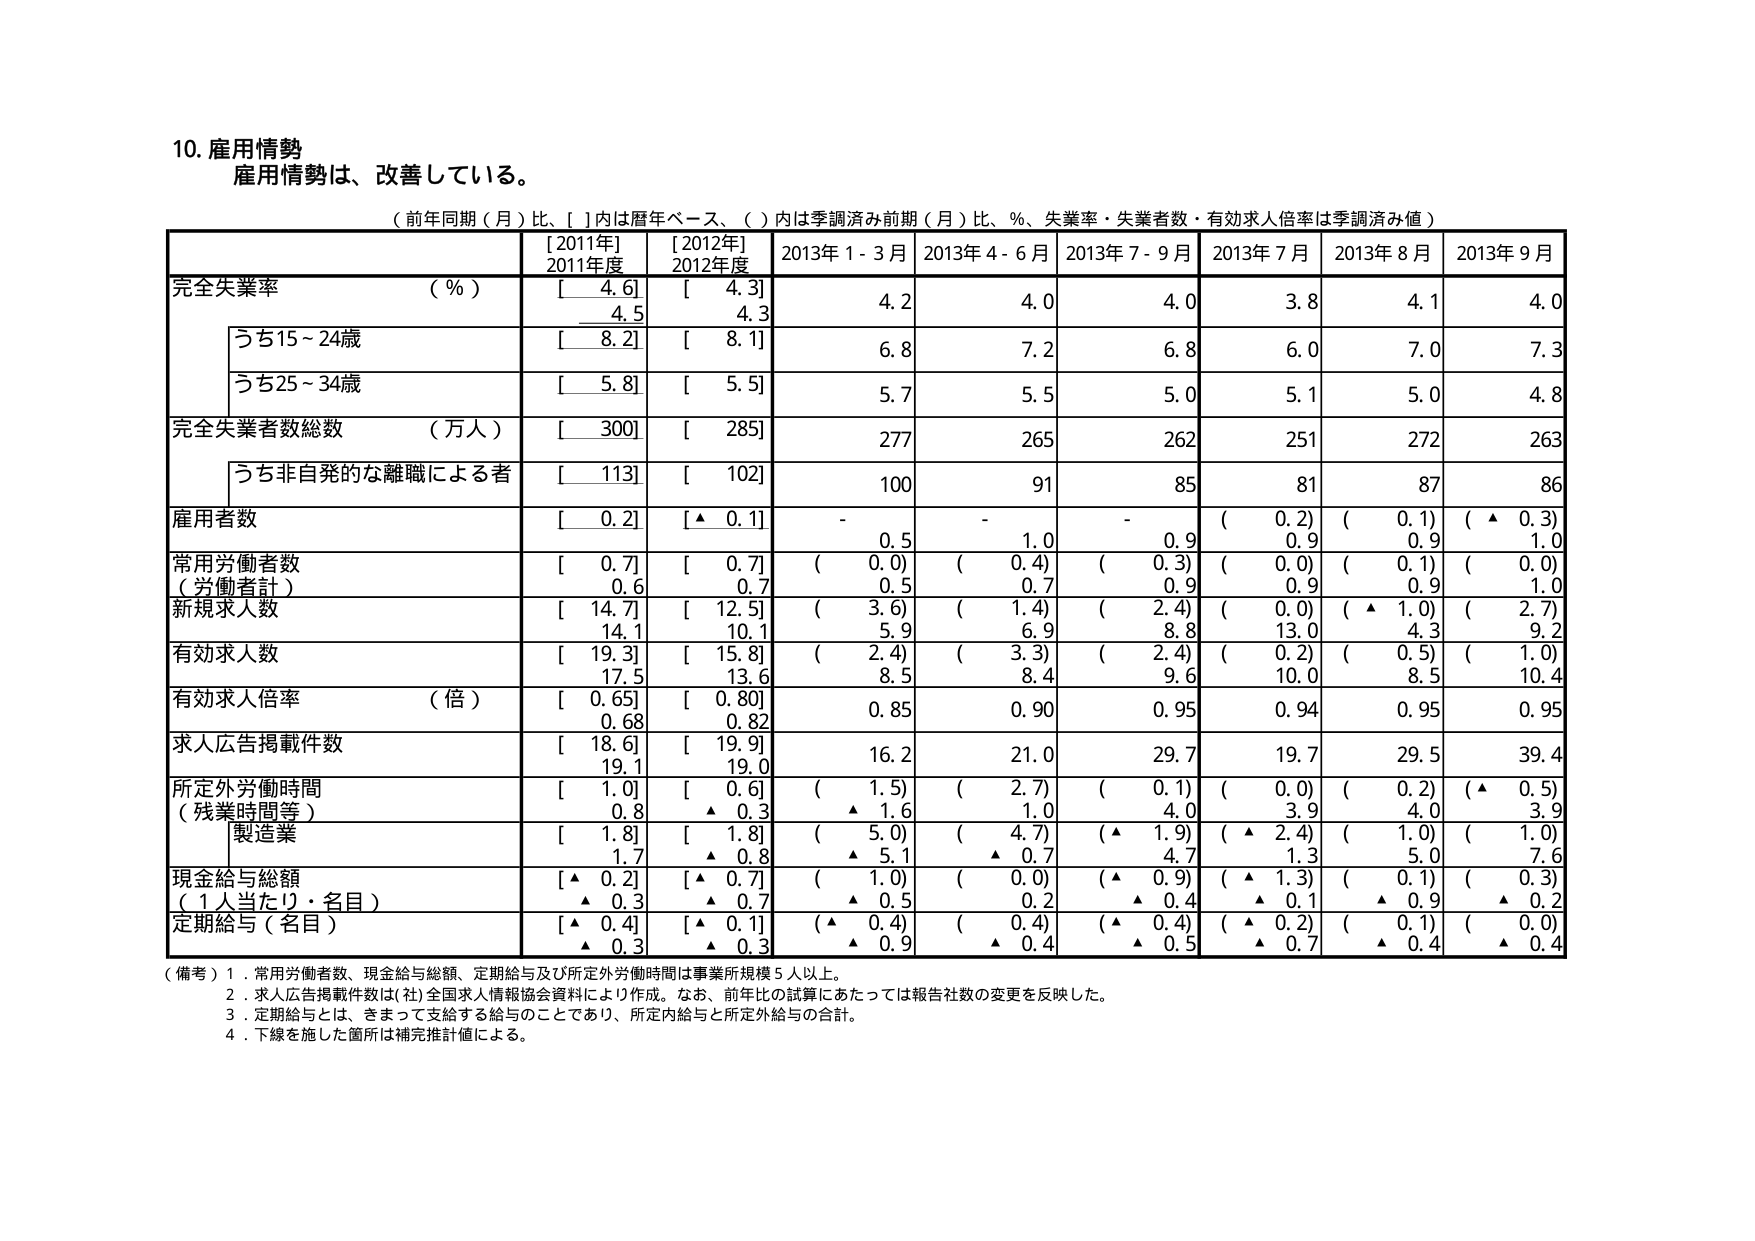
10. 雇用情勢
雇用情勢は、改善している。

（前年同期（月）比、[ ]内は暦年ベース、（ ）内は季調済み前期（月）比、％、失業率・失業者数・有効求人倍率は季調済み値）

[2011年]
2011年度
[2012年]
2012年度
2013年 1 - 3月
2013年 4 - 6月
2013年 7 - 9月
2013年 7月
2013年 8月
2013年 9月

完全失業率 （％）
[ 4.6]
4.5
[ 4.3]
4.3
4.2
4.0
4.0
3.8
4.1
4.0

うち15～24歳
[ 8.2]
[ 8.1]
6.8
7.2
6.8
6.0
7.0
7.3

うち25～34歳
[ 5.8]
[ 5.5]
5.7
5.5
5.0
5.1
5.0
4.8

完全失業者数総数 （万人）
[ 300]
[ 285]
277
265
262
251
272
263

うち非自発的な離職による者
[ 113]
[ 102]
100
91
85
81
87
86

雇用者数
[ 0.2]
[▲ 0.1]
-
-
-
（ 0.2）
（ 0.1）
（ ▲ 0.3）

常用労働者数
（労働者計）
[ 0.7]
0.6
[ 0.7]
0.7
（ 0.0）
0.5
（ 0.4）
0.7
（ 0.3）
0.9
（ 0.0）
0.9
（ 0.1）
0.9
（ 0.0）
1.0

新規求人数
[ 14.7]
14.1
[ 12.5]
10.1
（ 3.6）
5.9
（ 1.4）
6.9
（ 2.4）
8.8
（ 0.0）
13.0
（ ▲ 1.0）
4.3
（ 2.7）
9.2

有効求人数
[ 19.3]
17.5
[ 15.8]
13.6
（ 2.4）
8.5
（ 3.3）
8.4
（ 2.4）
9.6
（ 0.2）
10.0
（ 0.5）
8.5
（ 1.0）
10.4

有効求人倍率 （倍）
[ 0.65]
0.68
[ 0.80]
0.82
0.85
0.90
0.95
0.94
0.95
0.95

求人広告掲載件数
[ 18.6]
19.1
[ 19.9]
19.0
16.2
21.0
29.7
19.7
29.5
39.4

所定外労働時間
（残業時間等）
[ 1.0]
0.8
[ 0.6]
▲ 0.3
（ 1.5）
▲ 1.6
（ 2.7）
1.0
（ 0.1）
4.0
（ 0.0）
3.9
（ 0.2）
4.0
（▲ 0.5）
3.9

製造業
[ 1.8]
1.7
[ 1.8]
▲ 0.8
（ 5.0）
▲ 5.1
（ 4.7）
▲ 0.7
（▲ 1.9）
4.7
（ ▲ 2.4）
1.3
（ 1.0）
5.0
（ 1.0）
7.6

現金給与総額
（1人当たり・名目）
[▲ 0.2]
▲ 0.3
[▲ 0.7]
▲ 0.7
（ 1.0）
▲ 0.5
（ 0.0）
0.2
（▲ 0.9）
▲ 0.4
（ ▲ 1.3）
▲ 0.1
（ 0.1）
▲ 0.9
（ 0.3）
▲ 0.2

定期給与（名目）
[▲ 0.4]
▲ 0.3
[▲ 0.1]
▲ 0.3
（▲ 0.4）
▲ 0.9
（ 0.4）
▲ 0.4
（▲ 0.4）
▲ 0.5
（ ▲ 0.2）
▲ 0.7
（ 0.1）
▲ 0.4
（ 0.0）
▲ 0.4

（備考）
1．常用労働者数、現金給与総額、定期給与及び所定外労働時間は事業所規模5人以上。
2．求人広告掲載件数は(社)全国求人情報協会資料により作成。なお、前年比の試算にあたっては報告社数の変更を反映した。
3．定期給与とは、きまって支給する給与のことであり、所定内給与と所定外給与の合計。
4．下線を施した箇所は補完推計値による。